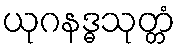
ယုဂနဒ္ဓသုတ္တံ